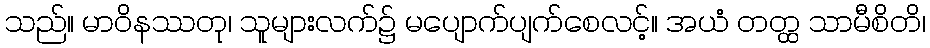
သည်။ မာဝိနဿတု၊ သူများလက်၌ မပျောက်ပျက်စေလင့်။ အယံ တတ္ထ သာမီစိတိ၊